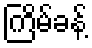
ကြိမ်ခန့်